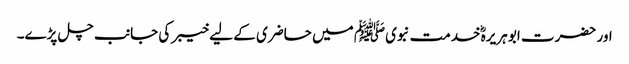
اور حضرت ابو ہریرہؓ خدمت نبویﷺ میں حاضری کے لیے خیبر کی جانب چل پڑے۔